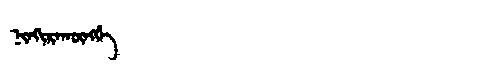
Manchu: ᠨᡳᠨᡴᡳᡵᠠᡴᡡᠩᡤᡝ
Romanization: NINKIRAKŪNGGE